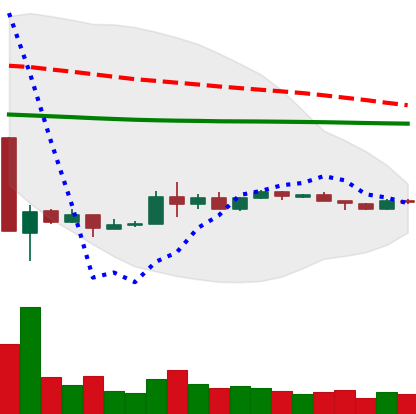
Ticker: EOS-USD
Chart end date: 2020-03-31
Forward return: 6.276%
Label: up_5_7